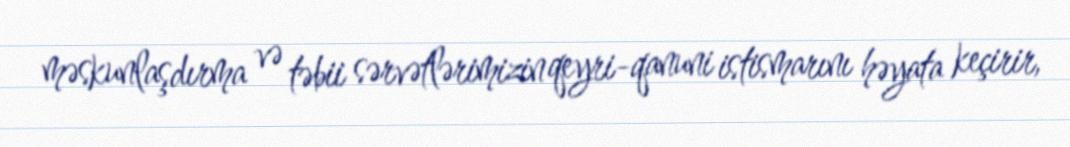
məskunlaşdırma və təbii sərvətlərimizin qeyri-qanuni istismarını həyata keçirir,